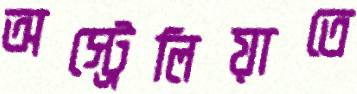
অস্ট্রেলিয়াতে